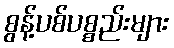
စွန့်ပစ်ပစ္စည်းများ